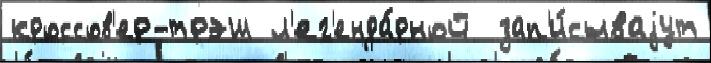
кроссов'ер-трэш л'ег'енда́рной  зап'и́сываjут